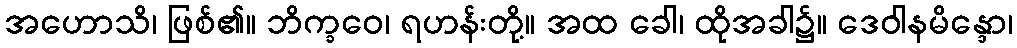
အဟောသိ၊ ဖြစ်၏။ ဘိက္ခဝေ၊ ရဟန်းတို့။ အထ ခေါ၊ ထိုအခါ၌။ ဒေဝါနမိန္ဒော၊